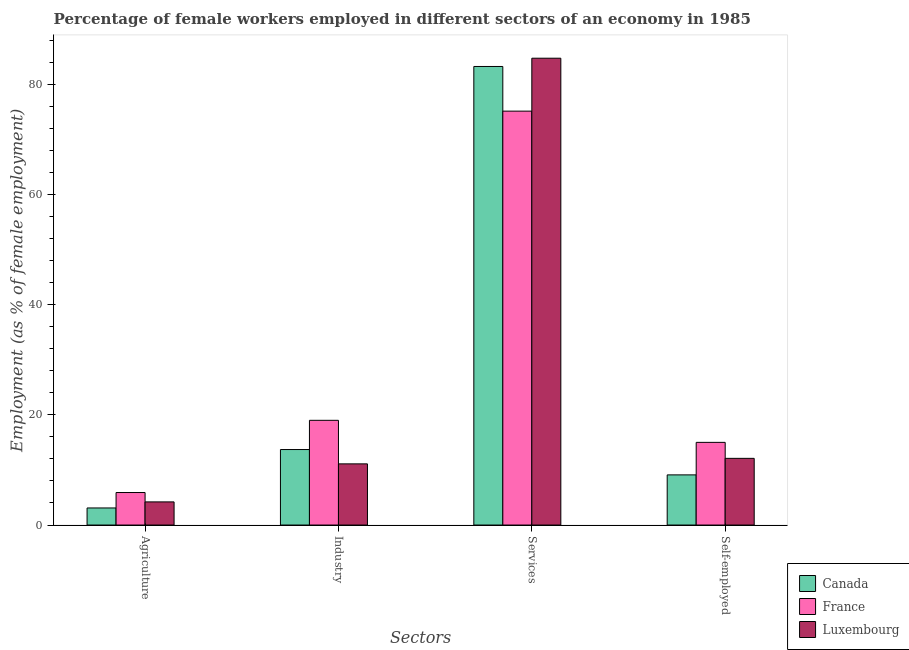
| Sectors | Canada | France | Luxembourg |
 | --- | --- | --- | --- |
 | Agriculture | 3.1 | 5.9 | 4.2 |
 | Industry | 13.7 | 19 | 11.1 |
 | Services | 83.2 | 75.1 | 84.7 |
 | Self-employed | 9.1 | 15 | 12.1 |